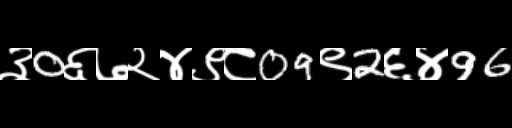
Text: ३0६७२४९८09९2६४96